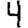
Digit: 4